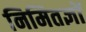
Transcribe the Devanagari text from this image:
निमितज्ञों